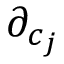
{ \partial _ { c _ { j } } }